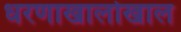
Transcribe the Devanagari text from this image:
धरणाखालोखाल